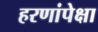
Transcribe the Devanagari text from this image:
हरणांपेक्षा